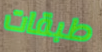
طبقات